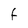
Character: F